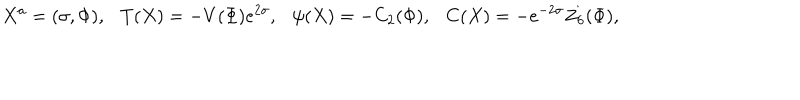
X ^ { a } = ( \sigma , \Phi ) , \ \ \ T ( X ) = - V ( \Phi ) e ^ { 2 \sigma } , \ \ \ \psi ( X ) = - C _ { 2 } ( \Phi ) , \ \ \ C ( X ) = - e ^ { - 2 \sigma } Z _ { 6 } ( \Phi ) ,